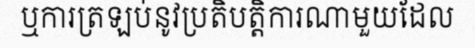
ឬការត្រឡប់នូវប្រតិបត្តិការណាមួយដែល